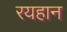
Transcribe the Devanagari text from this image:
रयहान